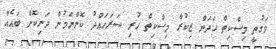
ވަގުތީ މިސްކިތް ހަދަން ޒިކުރާ މިސްކިތް ހުރި ސަރަހައްދު ކޮންނަމުން ދަނިކޮށް ބައެއް